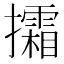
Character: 𢹩